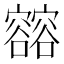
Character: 𰍢